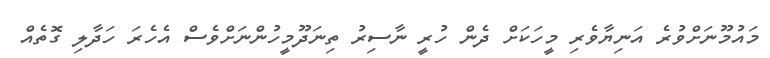
މައުމޫނަށްވުރެ އަނިޔާވެރި މީހަކަށް ދެން ހުރީ ނާސިރު ތިނަދޫމީހުންނަށްވެސް އެހެރަ ހަދާލި ގޮތެއް